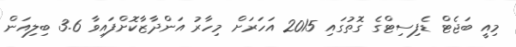
މިއީ ބަޖެޓް ޑެފިސިޓްގެ ގޮތުގައި 2015 އަހަރަށް މިހާރު އަންދާޒާކޮށްފައިވާ 3.6 ބިލިއަން